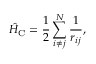
\hat { H } _ { \mathrm { C } } = \frac { 1 } { 2 } \sum _ { i \neq j } ^ { N } \frac { 1 } { r _ { i j } } ,